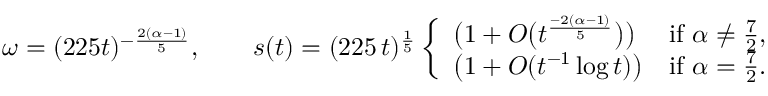
\omega = ( 2 2 5 t ) ^ { - \frac { 2 ( \alpha - 1 ) } { 5 } } , \qquad s ( t ) = ( 2 2 5 \, t ) ^ { \frac 1 5 } \left\{ \begin{array} { l l } { \big ( 1 + O \big ( t ^ { \frac { - 2 ( \alpha - 1 ) } { 5 } } \big ) \big ) } & { \mathrm { i f ~ } \alpha \ne \frac 7 2 , } \\ { \big ( 1 + O ( t ^ { - 1 } \log t ) \big ) } & { \mathrm { i f ~ } \alpha = \frac 7 2 . } \end{array} \right.